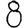
Digit: 8